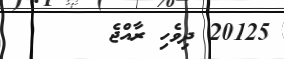
20125 ދިވެހި ރާއްޖެ